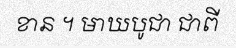
ខាន ។ មាឃបូជា ជាពី